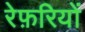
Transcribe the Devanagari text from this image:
रेफ़रियों